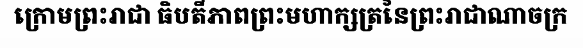
ក្រោមព្រះរាជា ធិបតីភាពព្រះមហាក្សត្រនៃព្រះរាជាណាចក្រ